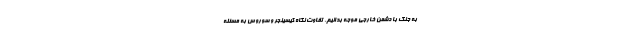
به جنگ با دشمن خارجی موجه بدانیم، تفاوت نگاه کیسینجر و سوروس به مسئله